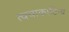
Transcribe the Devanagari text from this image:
त्वचाकाठिन्य